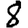
Digit: 8